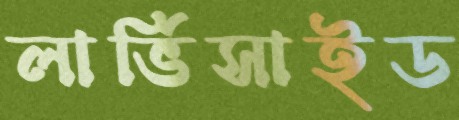
লার্ভিসাইড